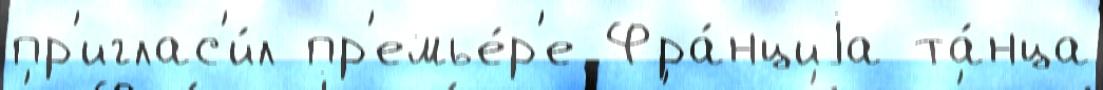
пр'иглас'и́л пр'емье́р'е Фра́нциjа та́нца